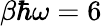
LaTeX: \beta\hbar\omega=6